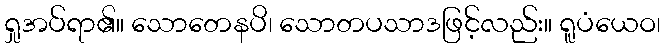
ရှုအပ်ရာ၏။ သောတေနပိ၊ သောတပသာဒဖြင့်လည်း။ ရူပံယေဝ၊